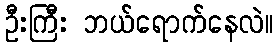
ဦးကြီး ဘယ်ရောက်နေလဲ။